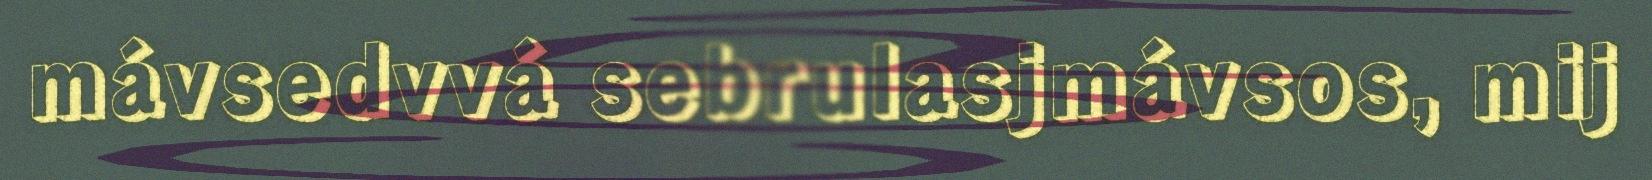
mávsedvvá sebrulasjmávsos, mij